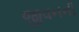
જીવનની